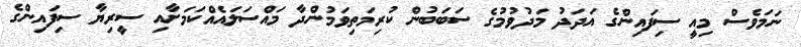
ނަމަވެސް މިއީ ސިފައިންގެ އަދަދު މަދުވުމުގެ ސަަބަބުން ކުރިމަތިވަމުންދާ މައްސަލައެއްކަަމަށާއި ސީރިޔާ ސިފައިންގެ